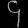
Digit: ၄